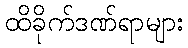
ထိခိုက်ဒဏ်ရာများ